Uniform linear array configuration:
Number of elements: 16
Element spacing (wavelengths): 0.5
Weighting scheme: uniform
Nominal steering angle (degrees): -60
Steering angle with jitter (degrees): -59.781
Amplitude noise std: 0.05
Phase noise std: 0.05

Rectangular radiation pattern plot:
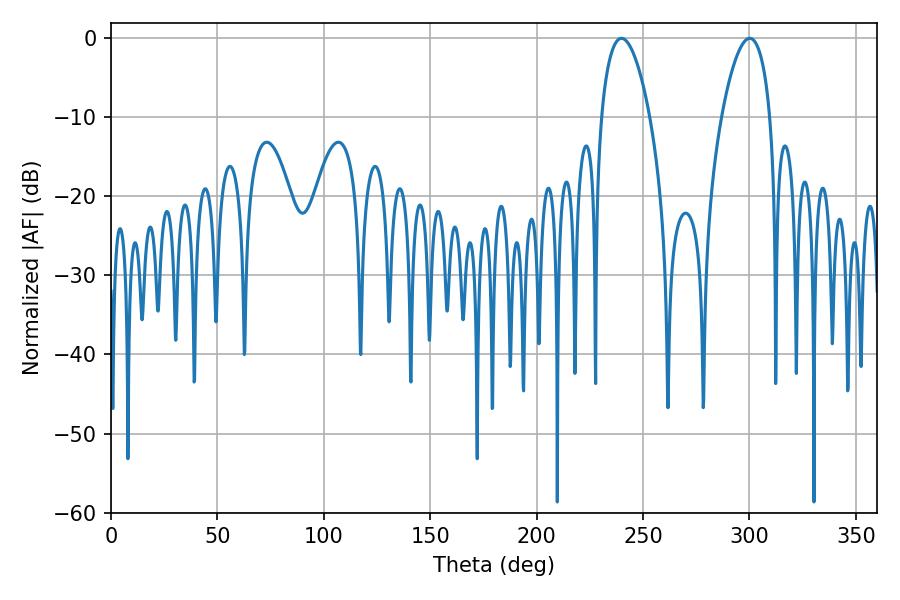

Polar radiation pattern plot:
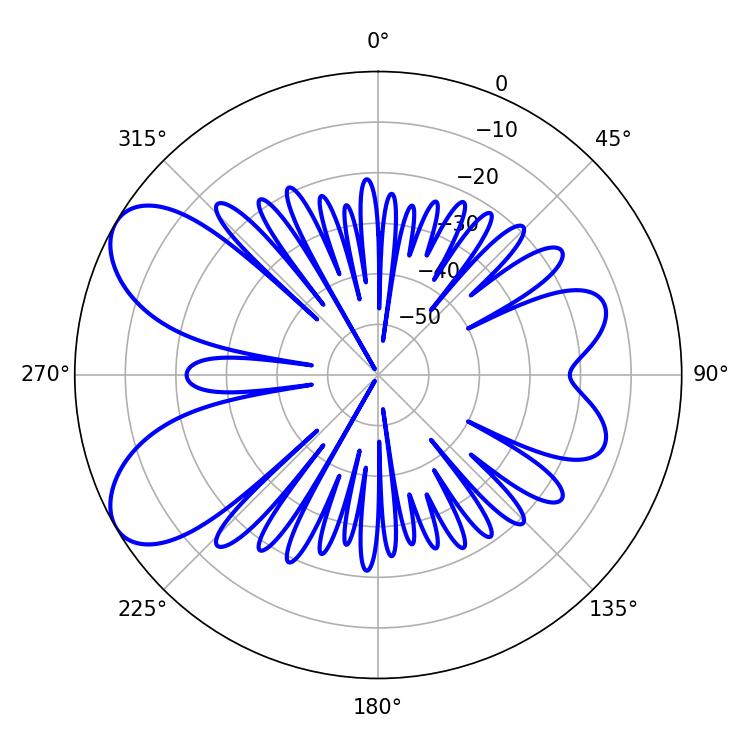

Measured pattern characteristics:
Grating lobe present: FALSE
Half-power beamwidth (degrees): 12.78
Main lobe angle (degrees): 239.94